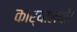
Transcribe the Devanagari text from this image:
कार्यालयों।